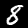
Digit: 8